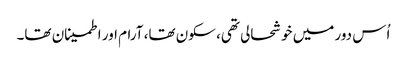
اُس دور میں خوشحالی تھی، سکون تھا، آرام اور اطمینان تھا۔